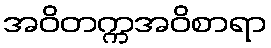
အဝိတက္ကအဝိစာရာ